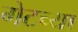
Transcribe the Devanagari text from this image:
गेटच्या